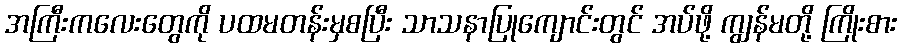
အကြီးကလေးတွေကို ပထမတန်းမှစပြီး သာသနာပြုကျောင်းတွင် အပ်ဖို့ ကျွန်မတို့ ကြိုးစား